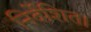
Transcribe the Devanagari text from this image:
निर्देशित।